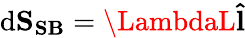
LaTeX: \mathrm{d}\mathbf{{S_{SB}}}=\LambdaL\mathbf{{\hat{{l}}}}